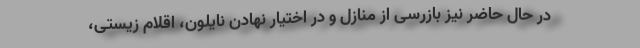
در حال حاضر نیز بازرسی از منازل و در اختیار نهادن نایلون، اقلام زیستی،